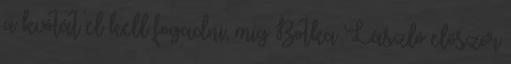
a kvótát el kell fogadni, míg Botka László először